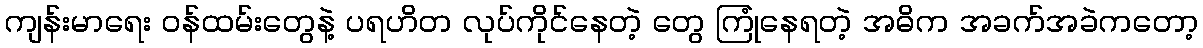
ကျန်းမာရေး ဝန်ထမ်းတွေနဲ့ ပရဟိတ လုပ်ကိုင်နေတဲ့ တွေ ကြုံနေရတဲ့ အဓိက အခက်အခဲကတော့